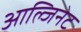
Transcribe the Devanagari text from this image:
आल्जिनेट